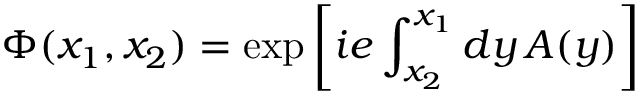
\Phi ( x _ { 1 } , x _ { 2 } ) = \exp \left[ i e \int _ { x _ { 2 } } ^ { x _ { 1 } } d y \, A ( y ) \right]